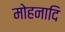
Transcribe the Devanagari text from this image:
मोहनादि